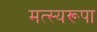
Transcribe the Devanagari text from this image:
मत्स्यरूपा